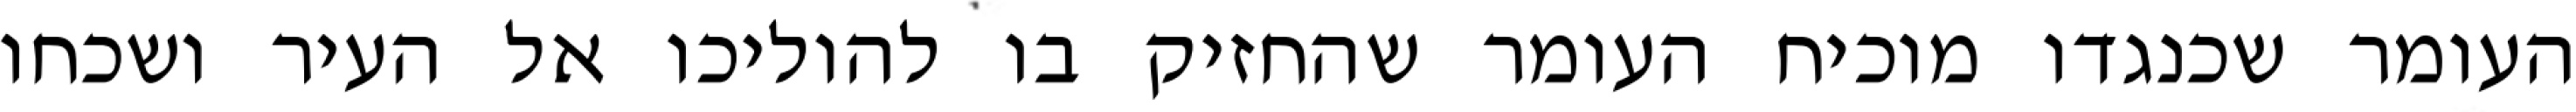
העומר שכנגדו מוכיח העומר שהחזיק בו להוליכו אל העיר ושכחו